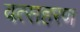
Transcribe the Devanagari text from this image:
वत्सहरण